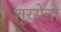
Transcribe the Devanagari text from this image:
शूरसेनो